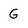
Character: G